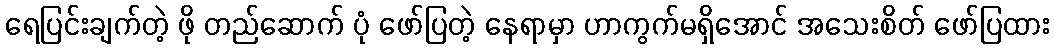
ရေပြင်းချက်တဲ့ ဖို တည်ဆောက် ပုံ ဖော်ပြတဲ့ နေရာမှာ ဟာကွက်မရှိအောင် အသေးစိတ် ဖော်ပြထား